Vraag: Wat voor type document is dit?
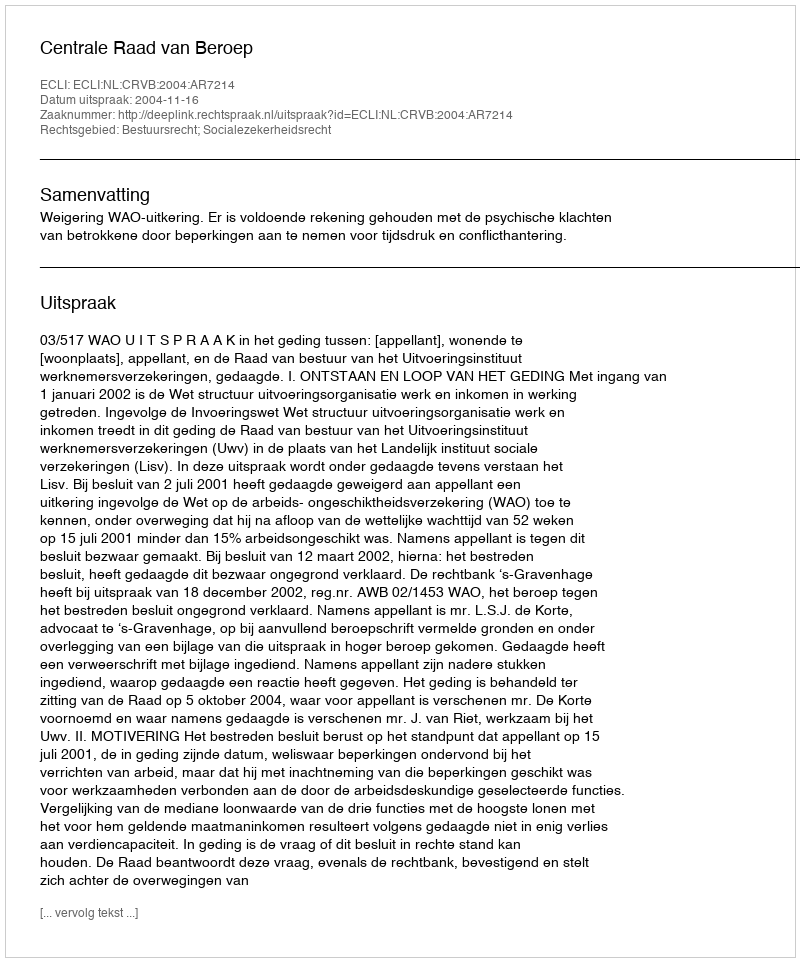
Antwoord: Uitspraak